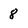
Character: 8